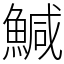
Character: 鰔